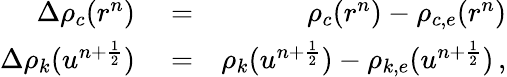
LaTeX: \begin{array}{rlr}{\Delta\rho_{c}(r^{n})}&{{}=}&{\rho_{c}(r^{n})-\rho_{c,e}(r^{n})}\\ {\Delta\rho_{k}(u^{n+\frac{1}{2}})}&{{}=}&{\rho_{k}(u^{n+\frac{1}{2}})-\rho_{k,e}(u^{n+\frac{1}{2}})\, ,}\end{array}